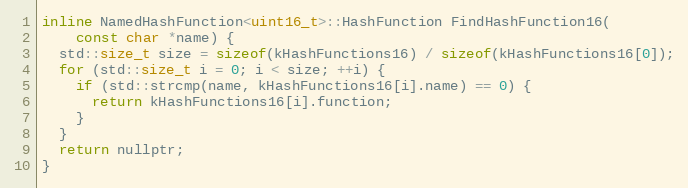
Language: C
inline NamedHashFunction<uint16_t>::HashFunction FindHashFunction16(
    const char *name) {
  std::size_t size = sizeof(kHashFunctions16) / sizeof(kHashFunctions16[0]);
  for (std::size_t i = 0; i < size; ++i) {
    if (std::strcmp(name, kHashFunctions16[i].name) == 0) {
      return kHashFunctions16[i].function;
    }
  }
  return nullptr;
}